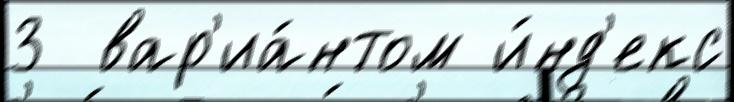
3  вар'иа́нтом и́нд'екс